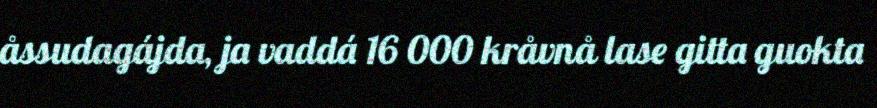
åssudagájda, ja vaddá 16 000 kråvnå lase gitta guokta